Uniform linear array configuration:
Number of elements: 64
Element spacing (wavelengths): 1
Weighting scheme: kaiser
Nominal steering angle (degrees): -45
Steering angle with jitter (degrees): -43.961
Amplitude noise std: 0.05
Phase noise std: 0.05

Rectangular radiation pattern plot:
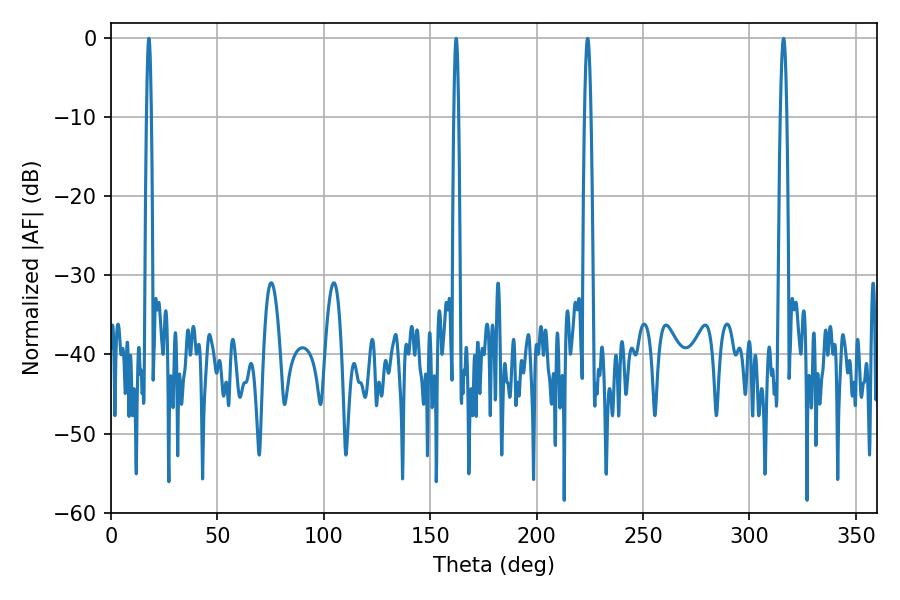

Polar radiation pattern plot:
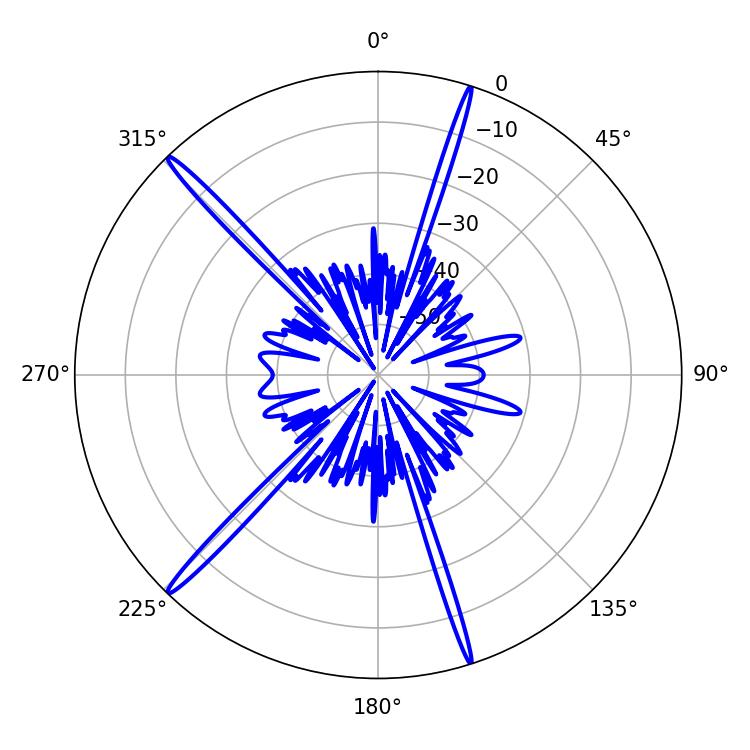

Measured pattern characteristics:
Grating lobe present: TRUE
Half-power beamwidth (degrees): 1.08
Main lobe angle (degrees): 162.18